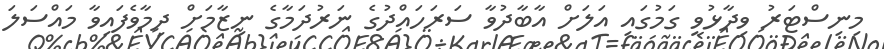
މިނިސްޓަރު ވިދާޅުވީ ގަމުގައި އަލަށް އާބާދުވާ ސަރަހައްދުގެ ނަރުދަމާގެ ނިޒާމަށް ދިމާވެފައިވާ މައްސަލަ